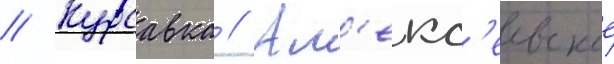
// Курсавка // Ал'екс'еевское